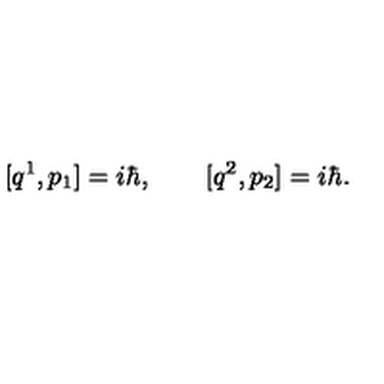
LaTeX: [ q ^ { 1 } , p _ { 1 } ] = i \hbar , \qquad [ q ^ { 2 } , p _ { 2 } ] = i \hbar .